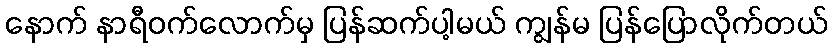
နောက် နာရီဝက်လောက်မှ ပြန်ဆက်ပါ့မယ် ကျွန်မ ပြန်ပြောလိုက်တယ်